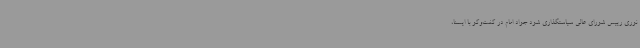
نوری رییس شورای عالی سیاستگذاری شود جواد امام در گفت‌وگو با ایسنا،